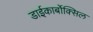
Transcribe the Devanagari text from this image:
डाईकार्बोक्सिल